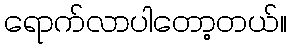
ရောက်လာပါတော့တယ်။